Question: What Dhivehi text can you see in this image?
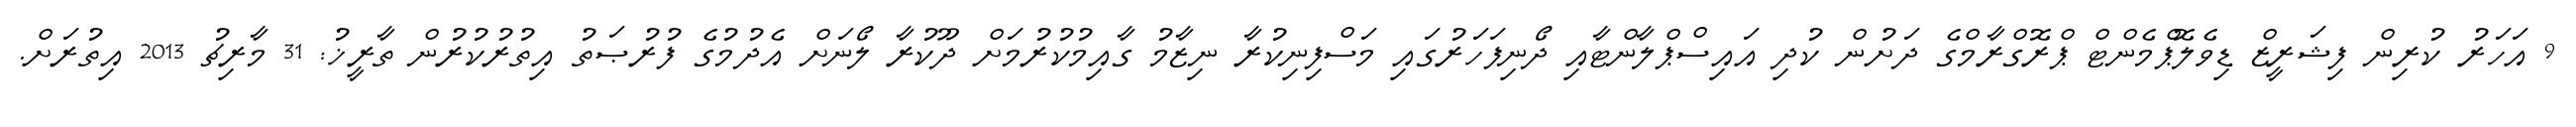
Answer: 9 އަހަރު ކުރިން ފިޝަރީޒް ޑިވެލޮޕްމެންޓް ޕްރޮގްރާމްގެ ދަށުން ކުދި އައިސްޕްލާންޓާއި ދޯނިފަހަރުގައި މަސްފިނިކުރާ ނިޒާމު ގާއިމުކުރުމަށް ދޫކުރާ ލޯނަށް އެދުމުގެ ފުރުޞަތު އިތުރުކުރުން ތާރީޚު: 31 މާރިޗު 2013 އިތުރަށް.